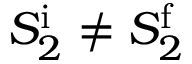
S _ { 2 } ^ { \mathrm i } \neq S _ { 2 } ^ { \mathrm f }